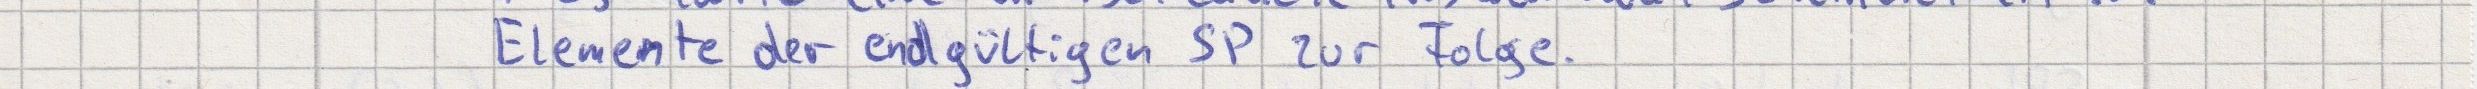
Elemente der endgültigen SP zur Folge.